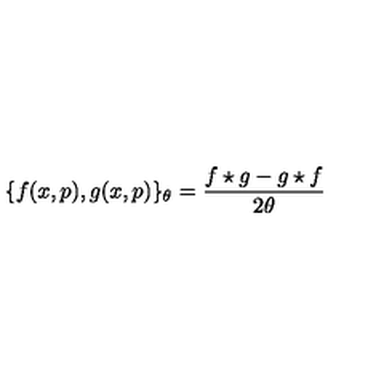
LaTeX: \{ f ( x , p ) , g ( x , p ) \} _ { \theta } = \frac { f \star g - g \star f } { 2 \theta }